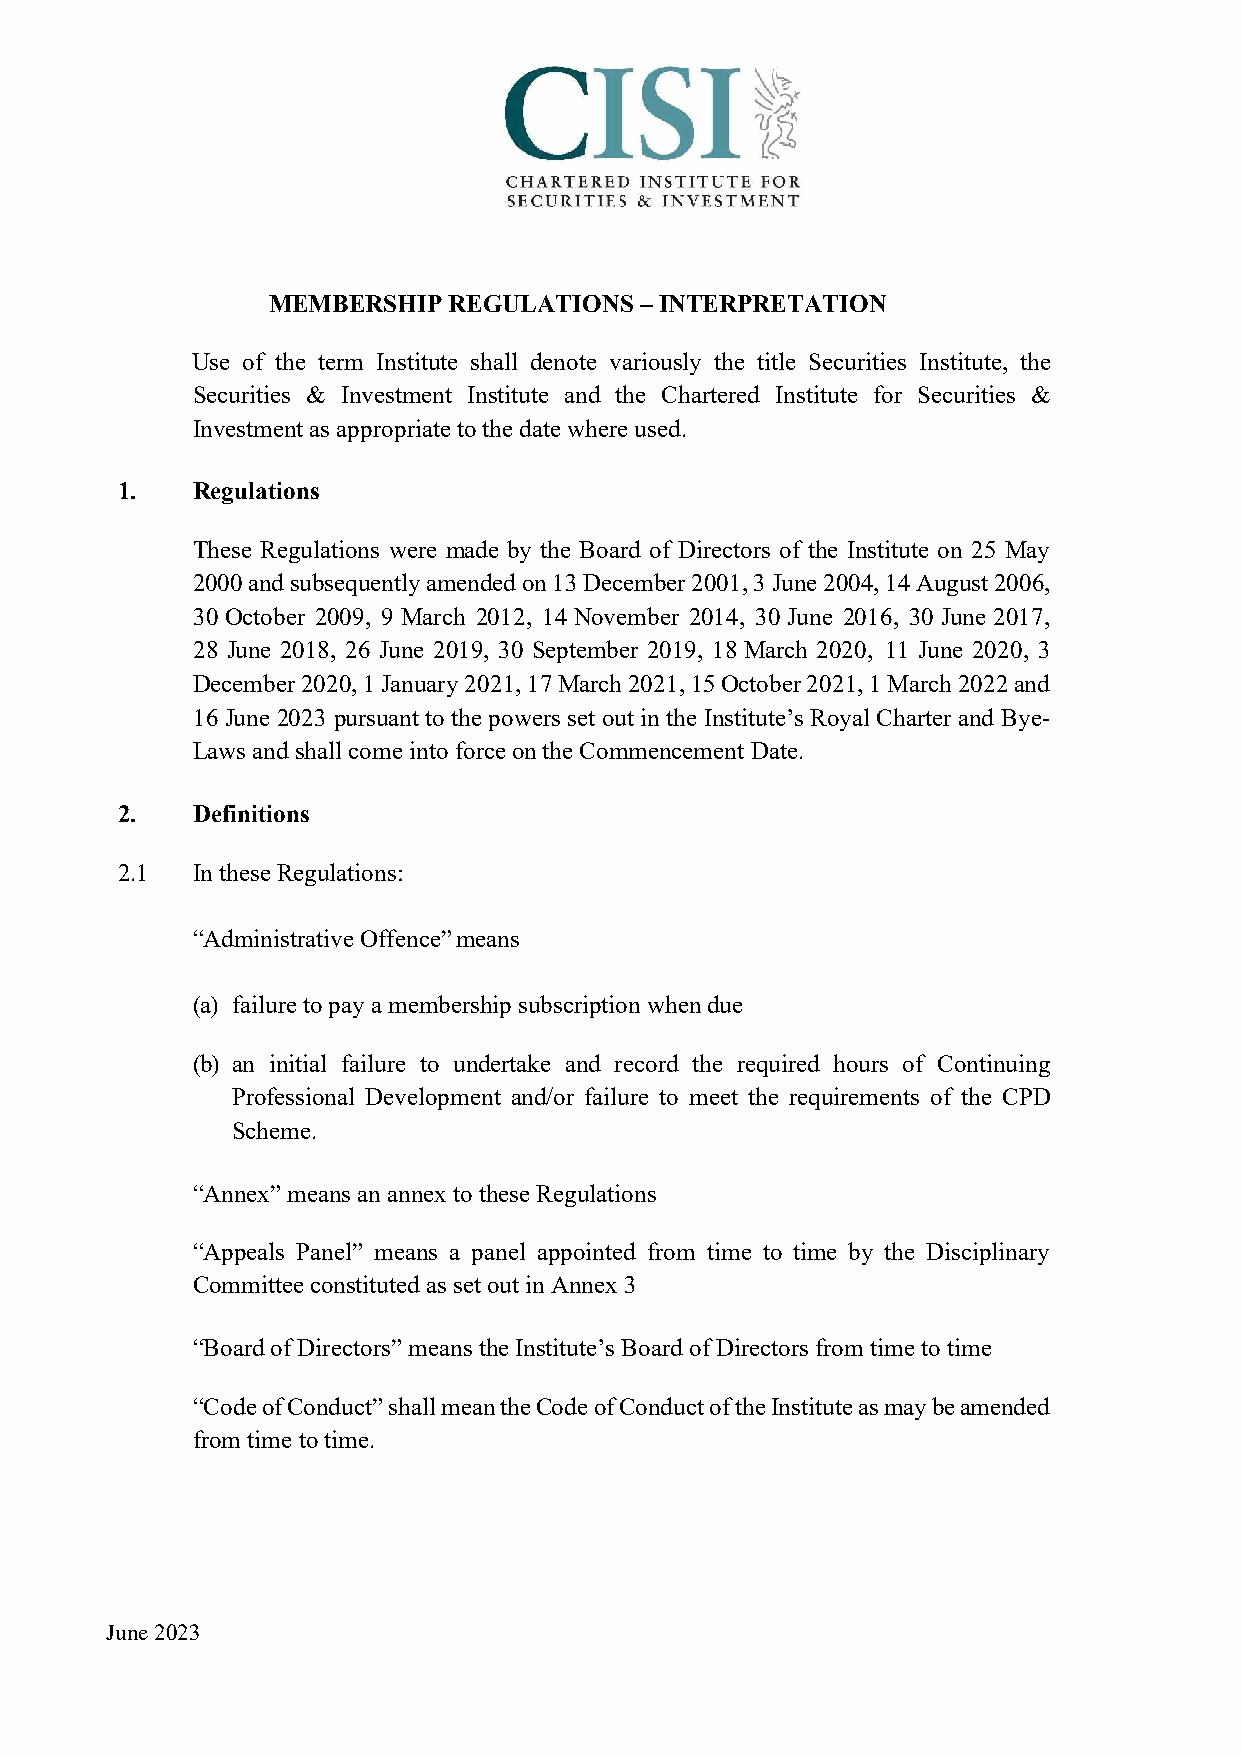
MEMBERSHIP  REGULATIONS – INTERPRETATION
 Use of the term Institute shall denote variously the title Securities Institute, the
 Securities & Investment Institute and the Chartered Institute for Securities &
 Investment as appropriate to the date where used.
 1.   Regulations
 These Regulations were made by the Board of Directors of the Institute on 25 May
 2000 and subsequently amended on 13 December 2001, 3 June 2004, 14 August 2006,
 30 October 2009, 9 March 2012, 14 November 2014, 30 June 2016, 30 June 2017,
 28 June 2018, 26 June 2019, 30 September 2019, 18 March 2020, 11 June 2020, 3
 December 2020, 1 January 2021, 17 March 2021, 15 October 2021, 1 March 2022 and
 16 June 2023 pursuant to the powers set out in the Institute’s Royal Charter and Bye-
 Laws and shall come into force on the Commencement Date.
 2.   Definitions
 2.1  In these Regulations:
 “Administrative Offence” means
 (a) failure to pay a membership subscription when due
 (b) an initial failure to undertake and record the required hours of Continuing
 Professional Development and/or failure to meet the requirements of the CPD
 Scheme.
 “Annex” means an annex to these Regulations
 “Appeals Panel” means a panel appointed from time to time by the Disciplinary
 Committee constituted as set out in Annex 3
 “Board of Directors” means the Institute’s Board of Directors from time to time
 “Code of Conduct” shall mean the Code of Conduct of the Institute as may be amended
 from time to time.
 June 2023